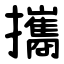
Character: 攜